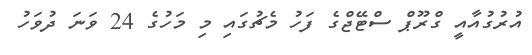
އުރުގުއާއީ ގްރޫޕް ސްޓޭޖްގެ ފަހު މެޗުގައި މި މަހުގެ 24 ވަނަ ދުވަހު